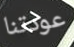
عودتنا